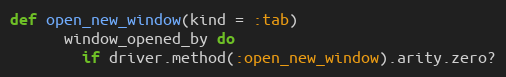
Language: Ruby
def open_new_window(kind = :tab)
      window_opened_by do
        if driver.method(:open_new_window).arity.zero?